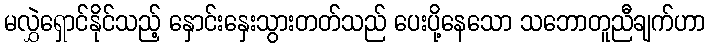
မလွှဲရှောင်နိုင်သည့် နှောင်းနှေးသွားတတ်သည် ပေးပို့နေသော သဘောတူညီချက်ဟာ